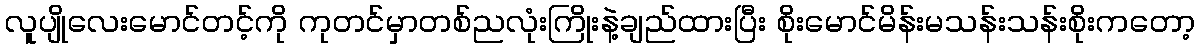
လူပျိုလေးမောင်တင့်ကို ကုတင်မှာတစ်ညလုံးကြိုးနဲ့ချည်ထားပြီး စိုးမောင်မိန်းမသန်းသန်းစိုးကတော့